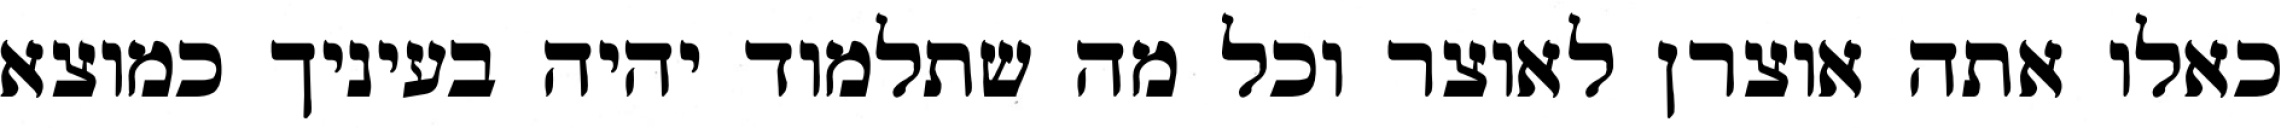
כאלו אתה אוצרן לאוצר וכל מה שתלמוד יהיה בעיניך כמוצא